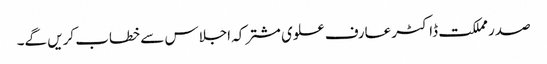
صدر مملکت ڈاکٹر عارف علوی مشترکہ اجلاس سے خطاب کریں گے۔